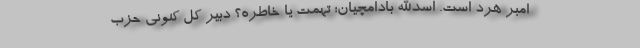
امبر هرد است. اسدالله بادامچیان؛ تهمت یا خاطره؟ دبیر کل کنونی حزب